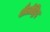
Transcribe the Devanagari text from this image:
शैलोद्भिद